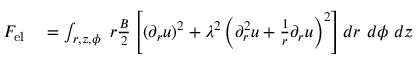
\begin{array} { r l } { { F } _ { \mathrm { { e l } } } } & { { } = \int _ { r , z , \phi } \ r \frac { B } { 2 } \left[ ( \partial _ { r } u ) ^ { 2 } + \lambda ^ { 2 } \left( \partial _ { r } ^ { 2 } u + \frac { 1 } { r } \partial _ { r } u \right) ^ { 2 } \right] d r \ d \phi \ d z } \end{array}